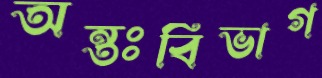
অন্তঃবিভাগ